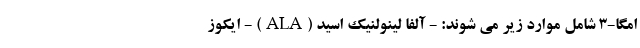
امگا-3 شامل موارد زیر می شوند: - آلفا لینولنیک اسید (ALA) - ایکوز